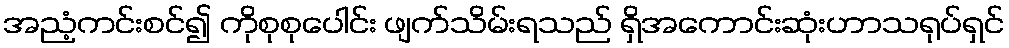
အညံ့ကင်းစင်၍ ကိုစုစုပေါင်း ဖျက်သိမ်းရသည် ရှိအကောင်းဆုံးဟာသရုပ်ရှင်